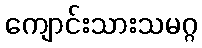
ကျောင်းသားသမဂ္ဂ